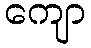
ကျော